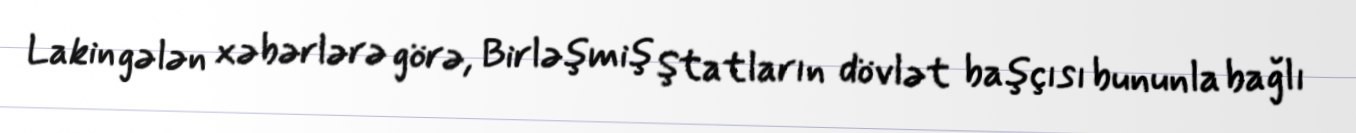
Lakin gələn xəbərlərə görə, Birləşmiş Ştatların dövlət başçısı bununla bağlı